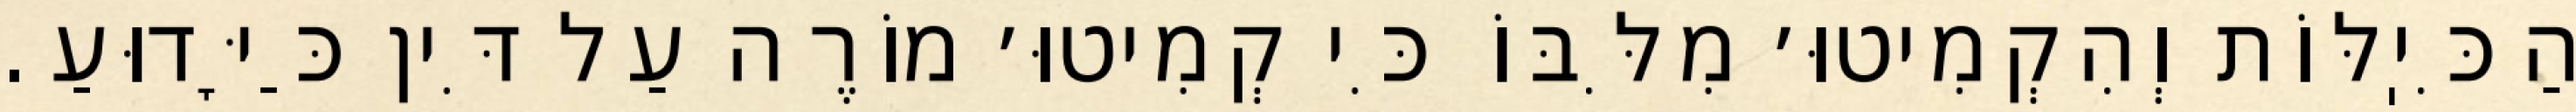
הַכִּיֽלּוֹת וְהִקְמִיטוּ׳ מִלִּבּוֹ כִּי קְמִיטוּ׳ מוֹרֶה עַל דִּין כַּיָּדוּעַ.